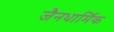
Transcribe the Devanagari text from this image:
जैनधार्मिक